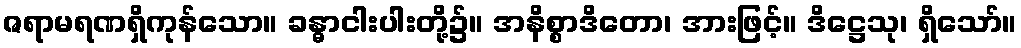
ဇရာမရဏရှိကုန်သော။ ခန္ဓာငါးပါးတို့၌။ အနိစ္စာဒိတော၊ အားဖြင့်။ ဒိဋ္ဌေသု၊ ရှိသော်။